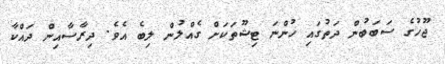
ޖޫހުގެ ސަބަބުން ދަތުގައި ހުންނަ ޓިޝޫތަކަށް ގެއްލުން ލިބެ އެވެ. ދިރާސާއިން ދައްކާ